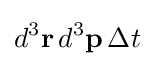
d^{3}\mathbf {r} \,d^{3}\mathbf {p} \,\Delta t